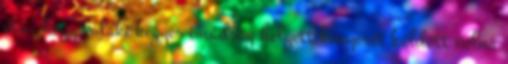
óta, hogy valaki kegyes imádság helyett kenyeret küldött volna